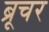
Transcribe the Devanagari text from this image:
ब्रूचर